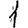
Digit: 1